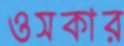
ওসকার